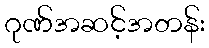
ဂုဏ်အဆင့်အတန်း